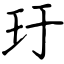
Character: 玗